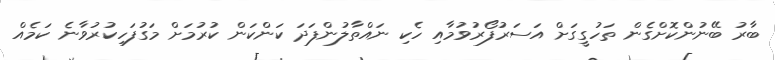
ބާރު ބޭނުންކޮށްގެން ތަހުގީގަށް އަސަރުފޯރުވުމާއި ހެކި ނައްތާލުންފަދަ ކަންކަން ކުރުމަށް މަގުފަހިކުރުވާނެ ކަމެެއް